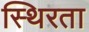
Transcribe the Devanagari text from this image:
स्थिरता